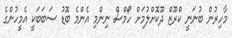
މާހިރުން ބުނަނީ ކްރޫޒް ދޫކޮށްލުމަށް ހޯމްސް ނިންމި އެންމެ ބޮޑު ސަބަބަކީ އެމީހުންގެ